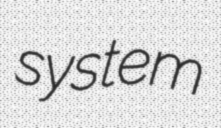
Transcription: system